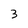
Character: 3